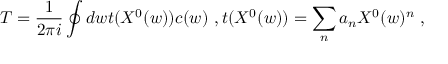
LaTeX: T = \frac { 1 } { 2 \pi i } \oint d w t ( X ^ { 0 } ( w ) ) c ( w ) \ , t ( X ^ { 0 } ( w ) ) = \sum _ { n } a _ { n } X ^ { 0 } ( w ) ^ { n } \ ,